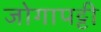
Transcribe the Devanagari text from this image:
जोगापट्टी